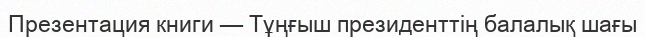
Презентация книги — Тұңғыш президенттің балалық шағы